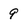
Character: 9